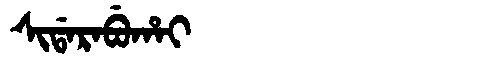
Manchu: ᠰᡳᡩᠠᡵᠠᠪᡠᡥᠠᡳ
Romanization: SIDARABUHAI